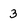
Character: 3